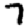
Digit: 7